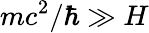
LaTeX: mc^{2}/\hbar\gg H